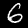
Digit: 6